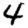
Digit: 4